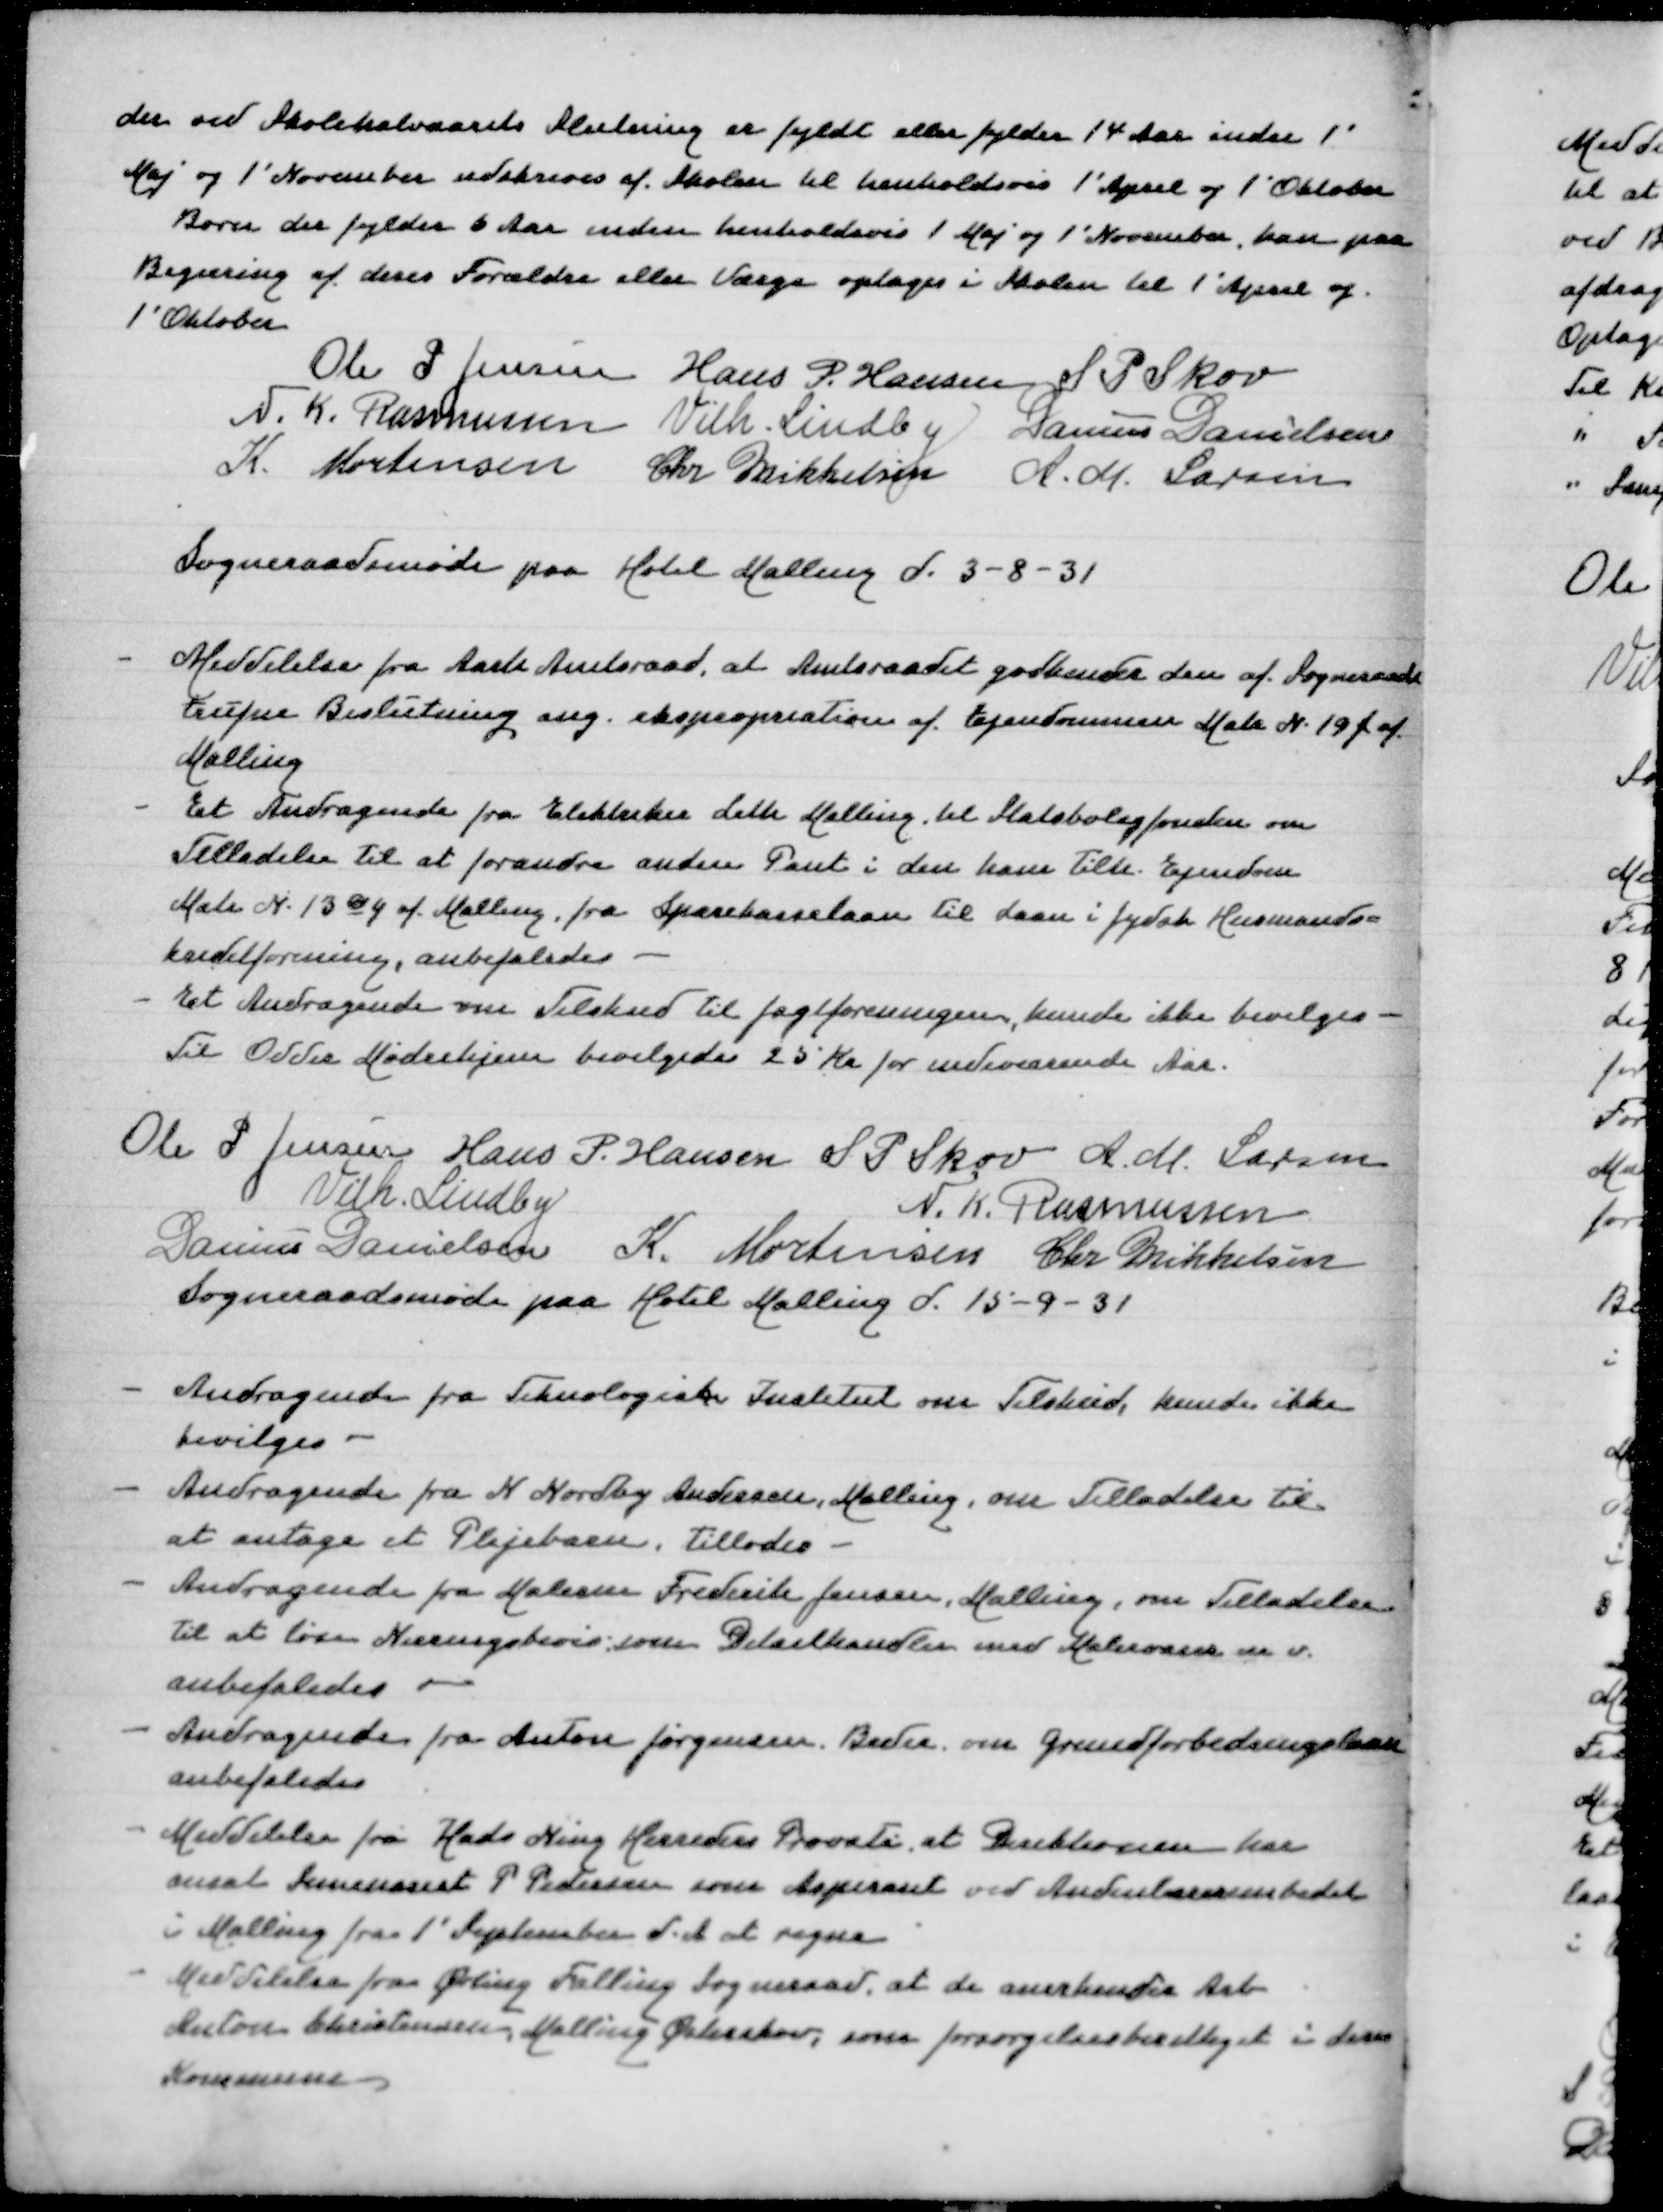
Transskription:
der ved Skoleaarets Slutning er fyldt eller fylder 14 Aar inden 1'
Maj og 1' November udskrives af Skolen til henholdsvis 1' April og 1' Oktober
Børn der fylder 6 Aar inden henholdsvis 1 Maj og 1' November kan paa
Begæring af deres Forældre eller Værge optages i Skolen til 1' April og
1' Oktober
Ole P Jensen
Hans P Hansen
S P Skov
N K Rasmussen
Vilh Lindby
Danius Danielsen
K Mortensen
Chr Mikkelsen
A M Larsen

Sogneraadsmøde paa Hotel Malling d 3-8-31

- Meddelelse fra Aarh Amtsraad, at Amtsraadet godkender den af Sogneraadet
trufne Beslutning ang. ekspropriation af Ejendommen Matr N 19f af
Malling
- Et Andragende fra Elektriker Leth Malling til Statsboligfonden om
Tilladelse til at forandre anden Pant i den ha, tilh Ejendom
Matr N 13cy af Malling, fra Sparekasselaan til Laan i Jydsk Husmands=
kreditforening, anbefaledes
- Et Andragende om Tilskud til Jagtforeningen, kunde ikke bevilges -
Til Odder Mødrehjem bevilgedes 25 Kr for indeværende Aar

Ole P Jensen
Hans P Hansen
S P Skov
A M Larsen
Vilh Lindby
N K Rasmussen
Danius Danielsen
K Mortensen
Chr Mikkelsen
Sogneraadsmøde paa Hotel Malling d 15-9-31

. Andragende fra Teknologisk Institut om Tilskud, kunde ikke
bevilges -
- Andragende fra N Nordby Andersen, Malling om Tilladelse til
at antage et Plejebarn, tillodes
- Andragende fra Malerm Frederik Jensen, Malling, om Tilladelse
til at løse Næringsbevis som Detailhandler med Malervarer m v
anbefaledes
- Andragende fra Anton Jørgensen, Beder om Grundforbedringslaan
anbefaledes
- Meddelelse fra Hads Ning Herreders Provsti at Direktionen har
ansat Seminarist P Pedersen som Aspirant ved Andenlærerembedet
i Malling fra 1' September d A at regne
- Meddelelse fra Ørting Falling Sogneraad at de anerkender Arb
Anton Christensen Malling Østerskov, som forsørgelsesberettiget i deres
Kommune